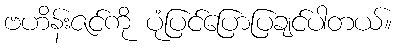
ဗဟိန်းဇင်ကို ပုံပြင်ပြောပြချင်ပါတယ်။